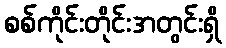
စစ်ကိုင်းတိုင်းအတွင်းရှိ